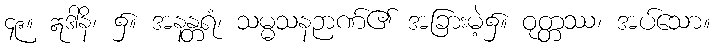
၄၉။ ဣဒါနိ၊ ၌။ အနန္တရံ၊ သမ္မသနဉာဏ်၏ အခြားမဲ့၌။ ဝုတ္တဿ၊ အပ်သော။